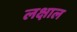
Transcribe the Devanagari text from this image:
लक्षाल